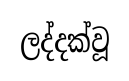
ලද්දක්වූ